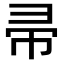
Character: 帚